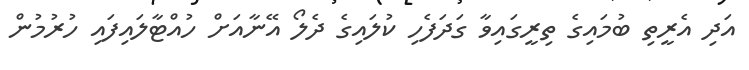
އަދި އެރީތި ބުމައިގެ ތިރީގައިވާ ގަދަފެހި ކުލައިގެ ދެލޯ އޭނާއަށް ހުއްޓާލައިފައި ހުރުމުން